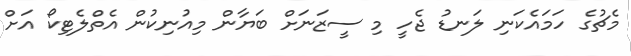
މެޗުގެ ހަމައެެކަނި ލަނޑު ޖެހީ މި ސީޒަނަށް ބަޔާން މިއުނިކުން އެތްލެޓިކޯ އަށް